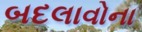
બદલાવોના